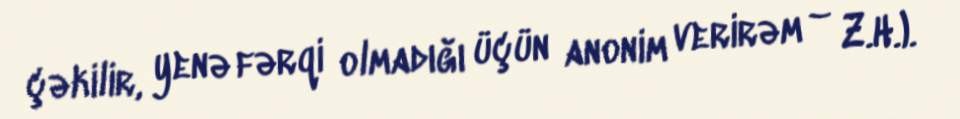
çəkilir, yenə fərqi olmadığı üçün anonim verirəm – Z.H.).